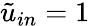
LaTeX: \tilde{u}_{in}=1